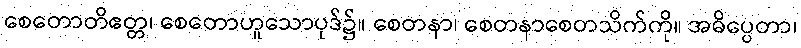
စေတောတိဧတ္တ၊ စေတောဟူသောပုဒ်၌။ စေတနာ၊ စေတနာစေတသိက်ကို။ အဓိပ္ပေတာ၊